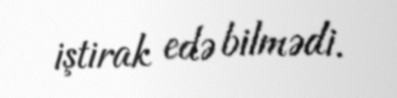
iştirak edə bilmədi.